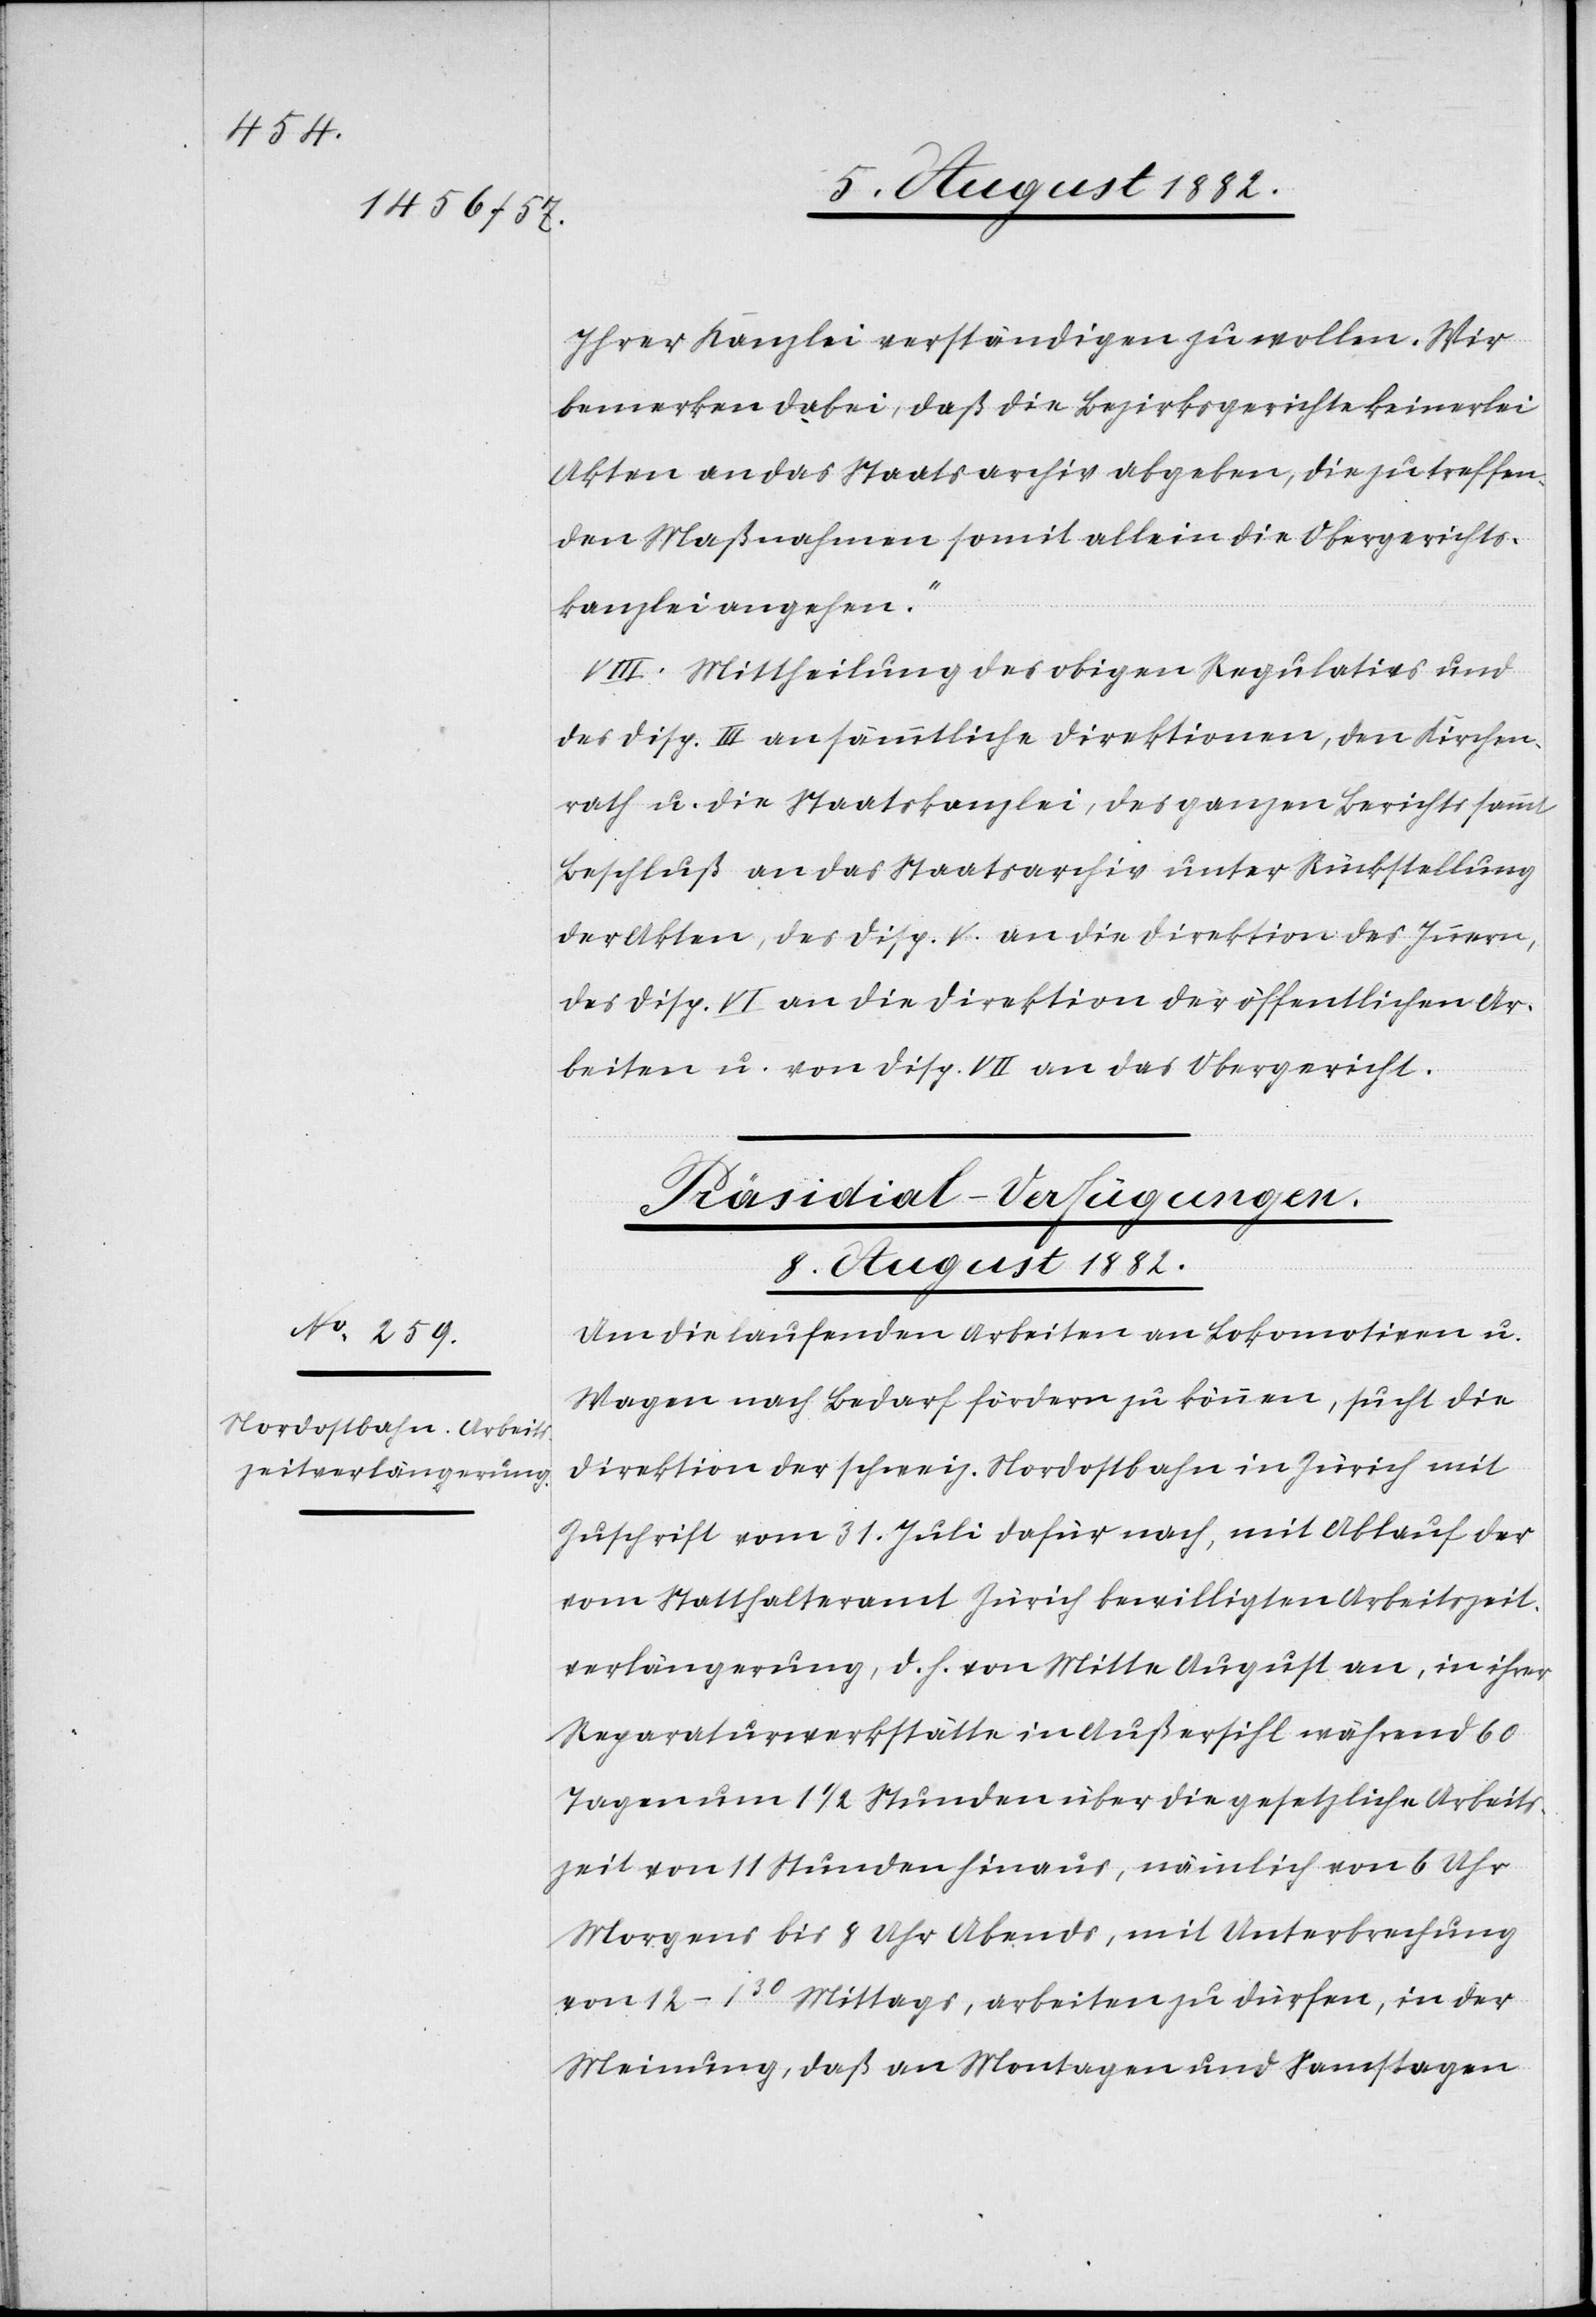
Ihrer Kanzlei verständigen zu wollen. Wir
bemerken dabei, daß die Bezirksgerichte keinerlei
Akten an das Staatsarchiv abgeben, die zu treffen¬
den Maßnahmen somit allein die Obergerichts¬
kanzlei angehen.“
VIII. Mittheilung des obigen Regulativs und
des Disp. III an sämmtliche Direktionen, den Kirchen¬
rath u. die Staatskanzlei, des ganzen Berichts sammt
Beschluß an das Staatsarchiv unter Rückstellung
der Akten, des Disp. V an die Direktion des Innern,
des Disp. VI an die Direktion der öffentlichen Ar¬
beiten u. von Disp. VII an das Obergericht.
Präsidial-Verfügungen.
8. August 1882.
Um die laufenden Arbeiten an Lokomotiven u.
Wagen nach Bedarf fördern zu können, sucht die
Direktion der schweiz. Nordostbahn in Zürich mit
Zuschrift vom 31. Juli dafür nach, mit Ablauf der
vom Statthalteramt Zürich bewilligten Arbeitszeit¬
verlängerung, d. h. von Mitte August an, in ihrer
Reparaturwerkstätte in Außersihl während 60
Tagen um 1 1/2 Stunden über die gesetzliche Arbeits¬
zeit von 11 Stunden hinaus, nämlich von 6 Uhr
Morgens bis 8 Uhr Abends, mit Unterbrechung
von 12–130 Mittags, arbeiten zu dürfen, in der
Meinung, daß an Montagen und Samstagen